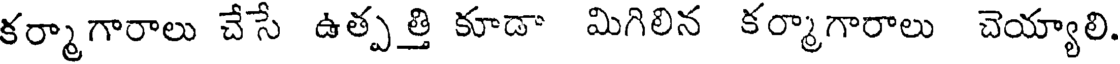
కర్మాగారాలు చేసే ఉత్పత్తి కూడా మిగిలిన కర్మాగారాలు చెయ్యాలి.